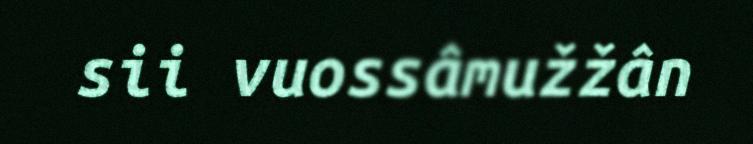
sii vuossâmužžân